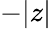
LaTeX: -|z|